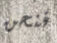
فنحن